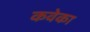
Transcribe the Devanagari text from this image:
कवेका